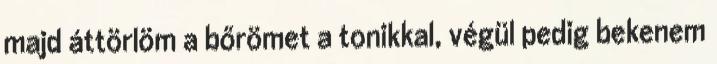
majd áttörlöm a bőrömet a tonikkal, végül pedig bekenem